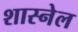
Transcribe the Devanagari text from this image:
शास्नेल